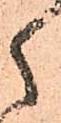
之